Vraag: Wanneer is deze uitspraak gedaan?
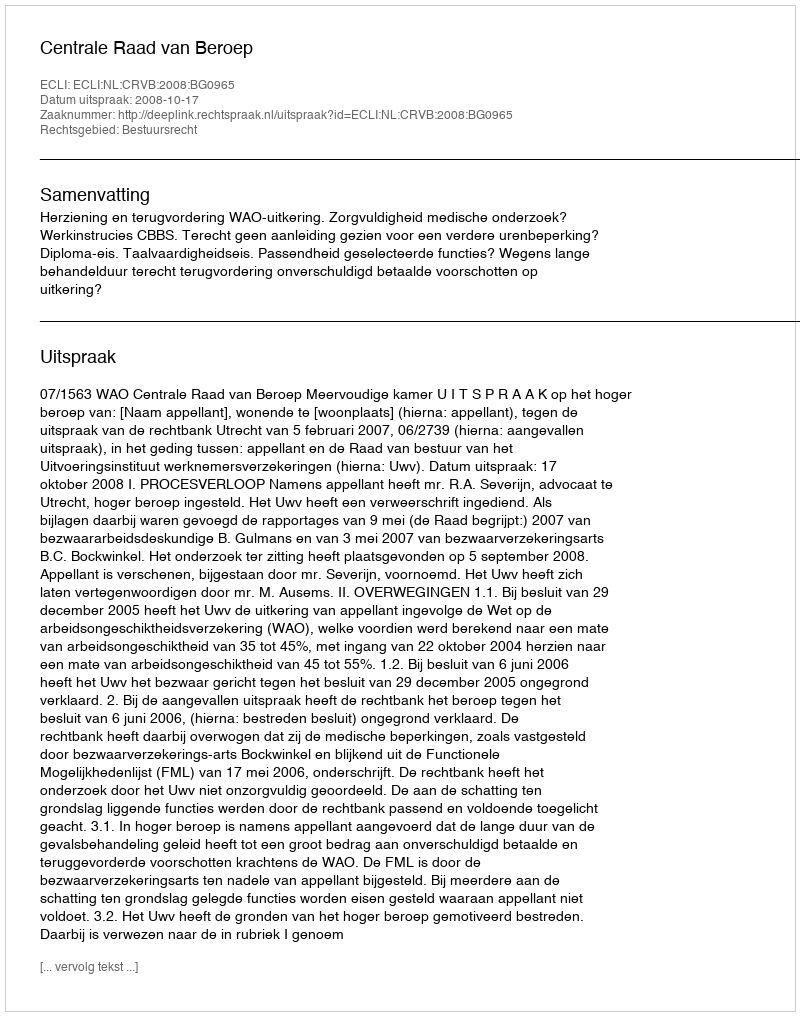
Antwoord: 2008-10-17